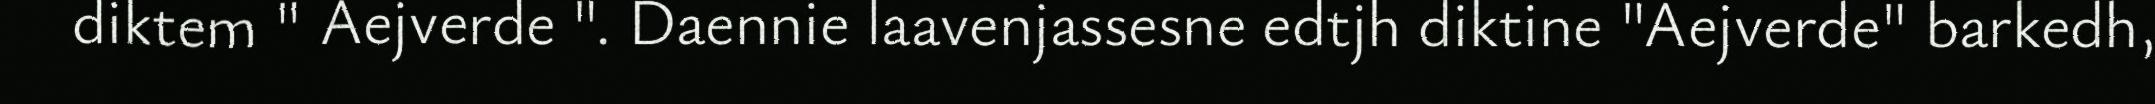
diktem " Aejverde ". Daennie laavenjassesne edtjh diktine "Aejverde" barkedh,